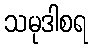
သမုဒါစရ